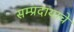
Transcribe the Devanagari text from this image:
सम्प्रदायाचे